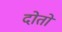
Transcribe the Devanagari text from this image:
दोतों